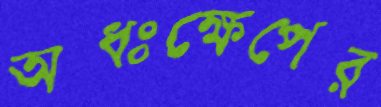
অধঃক্ষেপের